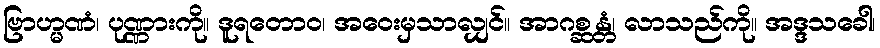
ဗြာဟ္မဏံ၊ ပုဏ္ဏားကို။ ဒူရတောဝ၊ အဝေးမှသာလျှင်။ အာဂစ္ဆန္တံ၊ လာသည်ကို။ အဒ္ဒသခေါ၊